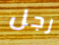
رجل